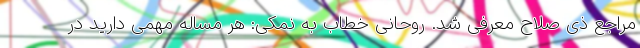
مراجع ذی صلاح معرفی شد. روحانی خطاب به نمکی: هر مساله مهمی دارید در